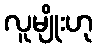
လူမျိုးဟု